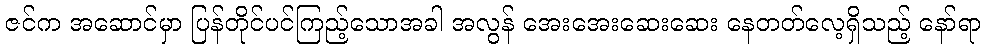
ဇင်က အဆောင်မှာ ပြန်တိုင်ပင်ကြည့်သောအခါ အလွန် အေးအေးဆေးဆေး နေတတ်လေ့ရှိသည့် နော်ရာ